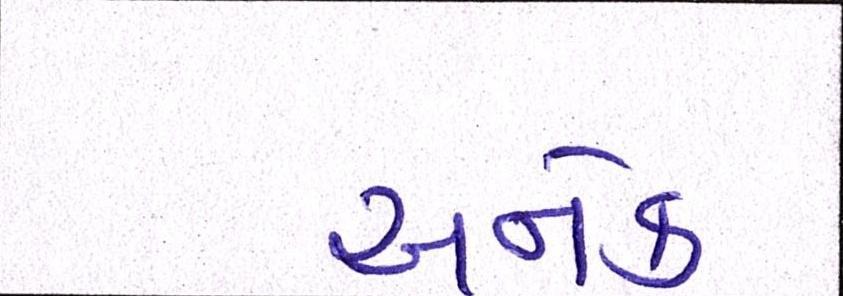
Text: અનેક